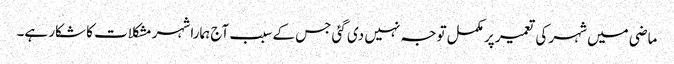
ماضی میں شہر کی تعمیر پر مکمل توجہ نہیں دی گئی جس کے سبب آج ہمارا شہر مشکلات کا شکار ہے۔